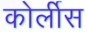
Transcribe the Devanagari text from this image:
कोर्लीस